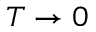
T \rightarrow 0